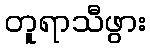
တူရာသီဖွား